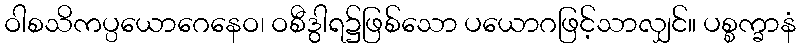
ဝါစသိကပ္ပယောဂေနေဝ၊ ဝစီဒွါရ၌ဖြစ်သော ပယောဂဖြင့်သာလျှင်။ ပစ္စက္ခာနံ